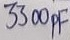
Text: 3300pF